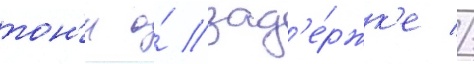
тон'и о́ зад'е́ржк'е //